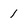
Character: 1